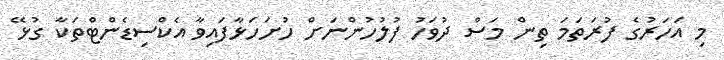
މި އަހަރުގެ ފުރަތަމަ ތިން މަސް ދުވަހު ފުލުހުންނަށް ހުށަހަޅާފައިވާ އެކްސިޑެންޓްތަކާ ގުޅޭ